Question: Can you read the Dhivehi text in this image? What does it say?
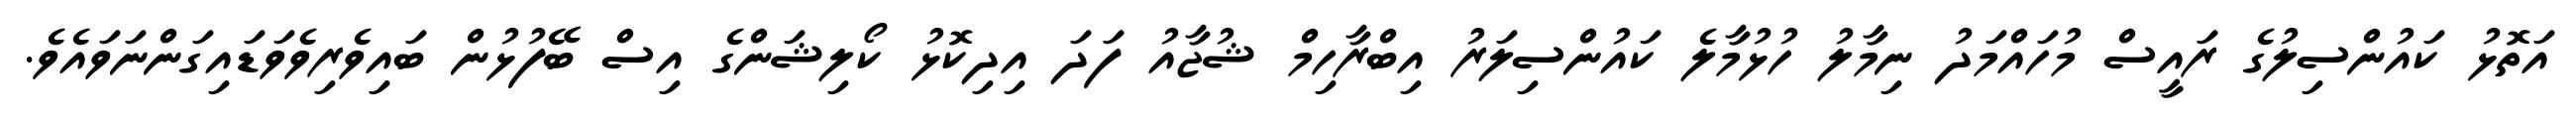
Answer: އަތޮޅު ކައުންސިލުގެ ރައީސް މުހައްމަދު ނިމާލު ހުޅުމާލެ ކައުންސިލަރު އިބްރާހިމް ޝުޖާއު ފަދަ އިދިކޮޅު ކޯލިޝަންގެ އިސް ބޭފުޅުން ބައިވެރިވެވަޑައިގަންނަވައެވެ.